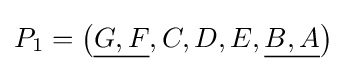
P_{1}=\left({\underline {G,F}},C,D,E,{\underline {B,A}}\right)